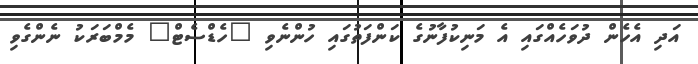
އަދި އެހެން ދުވަހެއްގައި އެ މަނިކުފާނުގެ ކަންފަތުގައި ހުންނެވި "ހެޑްސެޓް" މެމްބަރަކު ނެންގެވި